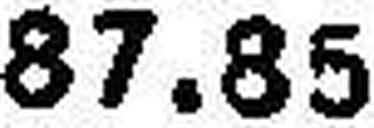
87.85